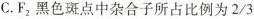
C.F_{2}黑色斑点中杂合子所占比例为2/3